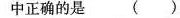
中正确的是 ()